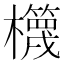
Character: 𣠉